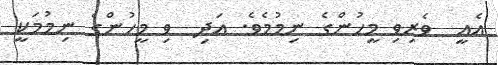
އެއީ  ވެރިވި މީހުންގެ ނިމުމެވެ. އަދި  ވި މީހުންގެ ނިމުމަކީ